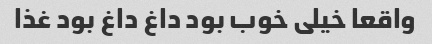
واقعا خیلی خوب بود داغ داغ بود غذا